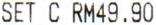
SET C RM49.90